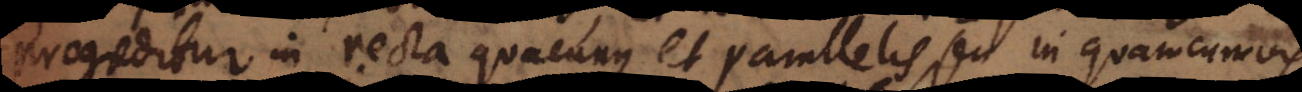
progreditur in recta quacunque et parallelis, seu in quamcumvi